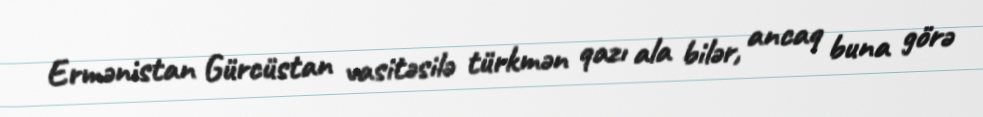
Ermənistan Gürcüstan vasitəsilə türkmən qazı ala bilər, ancaq buna görə